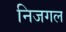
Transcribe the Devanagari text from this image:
निजगल